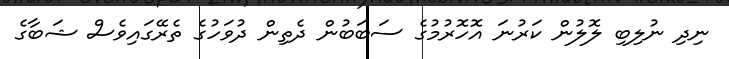
ނިދި ނުލިބި ލޮލުން ކަރުނަ އޮހޮރުމުގެ ސަބަބުން ދެތިން ދުވަހުގެ ތެރޭގައިވެސް ޝަބާގެ